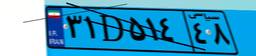
۷۰D۱۱۹۰۱